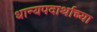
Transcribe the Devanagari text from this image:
धान्यपदार्थाच्या